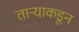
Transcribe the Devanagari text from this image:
ताऱ्याकडून